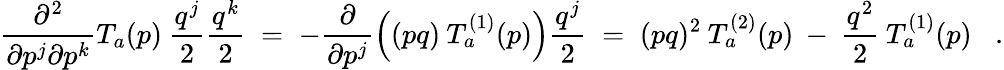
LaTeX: \frac{\partial^{2}}{\partial p^{j}\partial p^{k}}T_{a}(p)\: \frac{q^{j}}{2}\frac{q^{k}}{2}\; =\; -\frac{\partial}{\partial p^{j}}\left((pq)\: T_{a}^{(1)}(p)\right)\frac{q^{j}}{2}\; =\; (pq)^{2}\: T_{a}^{(2)}(p)\: -\: \frac{q^{2}}{2}\: T_{a}^{(1)}(p)\; \; \; .